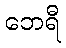
ဘေရီ